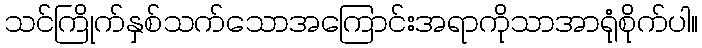
သင်ကြိုက်နှစ်သက်သောအကြောင်းအရာကိုသာအာရုံစိုက်ပါ။